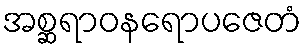
အစ္ဆရာဝနရောပဇေတံ